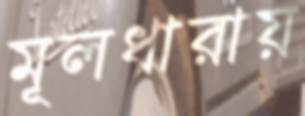
মূলধারায়